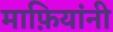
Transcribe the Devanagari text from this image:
माफ़ियांनी